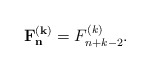
\begin{align*}\mathbf{F_n^{(k)}}=F_{n+k-2}^{(k)}.\end{align*}